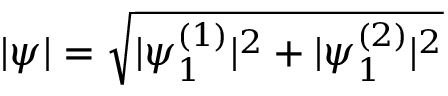
| \psi | = \sqrt { | \psi _ { 1 } ^ { ( 1 ) } | ^ { 2 } + | \psi _ { 1 } ^ { ( 2 ) } | ^ { 2 } }